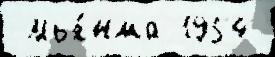
 Мья́нма 1954